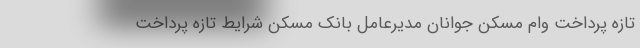
تازه پرداخت وام مسکن جوانان مدیرعامل بانک مسکن شرایط تازه پرداخت